[Report on the health of British troops in the Madras command]
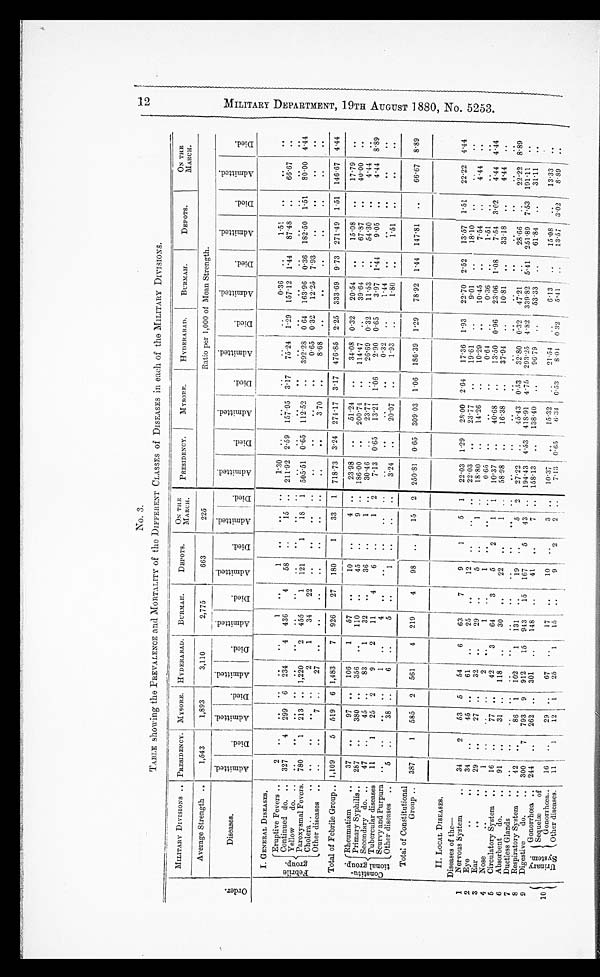
N o . 3 .
TABLE showing the PREVALENCE and MORTALITY of the DIFFERENT CLASSES Of DISEASES in each Of the MILITARY DIVISIONS.
M I L I T A R Y D E P A R T M E N T , 1 9 T H A U G U S T 1 8 8 0 , N o . . 5 2 5 3 .
O r d e r .
MILITARY DIVISIONS .. PRESIDENCY. MYSORE. HYDERABAD. BURMAH.
DEPOTS.
ON THE MARCH.
PRESIDENCY.
MYSORE.
HYDERABAD.
BURMAH.
DEPOTS.
ON THE
MARCH..
Average Strength ..
1,543
1,893
3,110
2,775
663
225
Ratio per 1,000 of Mean Strength.
Diseases.
Admitted.
D i e d . Admi D i e d .
Admi D i e d .
Admi D i e d .
Admi D i e d .
Admi D i e d .
Admi D i e d .
Admi
Died.
Admi
Died.
Admi
D i e d .
Admi
Died.
Admi
D i e d .
I. GENERAL DISEASES.
Eruptive Fevers
2
..
..
..
..
..
1 .. I
1
..
.. ..
1.30 ..
..
.. ..
..
0.36
..
1.51
..
..
..
F e b r i l e g r o u p . I Continued do.
..
.
..
327
..
4 299 6 234
4 436
4
58
..
15 .. 211.92 2.59 157.95 3.17 75.24 1.29 157.12 1.44
87.48 ..
66.67 ..
Yellow
do. ....
..
.. .. .. .. ..
..
..
..
..
..
..
..
..
.. ..
.. ..
..
.. ..
..
..
Paroxysmal Fevers. 780
1 213 .. 1,220 .. 2 455
1 121
1
18 1 505.51 0.65 112.52
..
392.28 0 64 163.96 0.36 182.50 1.51
80.00 4.44
Cholera ..
.. .. ..
..
..
2
1
34
22 ..
..
..
..
..
..
.. ..
0.65 0.32 12.25 7.93
..
..
..
..
Other diseases .. ..
..
• 7 ..
27
..
.. ..
.. ..
..
1
..
..
..
3. 70 ..
8.68
..
..
..
..
..
..
.. ..
..
Total of Febrile Group.. 1,109
5 519 6 1,483
7 926
27 180
1
33 1 718.73 3.24 274.17 3.17 476.85 2.25 333.69 9.73 271.49 1.51 146.67 4.44
C o n s t i t u t i o n a l g r o u p .
I
Rheumatism
..
37 ..
97 ..
106
1
57
..
10
..
4 ..
23.98 ..
51.24 ..
34.08 0.32 20.54 ..
15.08 ..
17.79 ..
Primary Syphilis.. 287
..
380 ..
356
..
110 ..
45
..
9 .. 186.00 ..
2003.74 ..
114.47
..
39.64 ..
67.87 ..
40.00 ..
Secondary do. ..
47
..
45 ..
83
1
32
• ..
36
..
1 ..
30.46 ..
23.77 • ..
26.69 0.32
11.53
..
54.30 ..
4-.44 ..
,
Tubercular diseases
11
1
25 2
9
2
11
4
6 ..
1 2
7.13 0.65 I 13.21 1.06
2.90 0.65
3.97 1.44
9.05 ..
4.44 8.89
Scurvy and Purpura .. ..
..
1
.. 4
..
.. ..
..
..
..
.. ..
..
0.32 ..
1.44
..
..
..
.. ..
Other diseases ..
5 ..
38 ..
6
..
5
..
1
.. .. ..
3.24
..
20.07 ..
1.93
..
-
1.80
..
1.51
..
..
..
Total of Constitutional
Group .. 387
1 585 2
I
561
4 219
4
98
..
1.5 2 250.81 0.65 309.03 1.06 180.39 1.29
78.92 1.44 147.81
..
66.67 8.89
1
II. LOCAL DISEASES.
Nervous System..
34
2
53 5 I 54
6
63
7
9
1
5 1
Diseases ofthe—
22.03 1.29
28.00 2.64
17.36 1.93
22.70 2.52
13.57 1.51 22.22 4.44
2
E y e . .
..
34 ..
45 .. 6 61
.. 25
..
12
..
.. ..
22.03 ..
23.77
..
19.61 ..
9.01
..
18.10 ..
..
..
3
E a r . .
..
29 ..
27 .. 32
.. 29
.. 5
.. 1
.. 18.80 .. 14.26 .. 10.29 ..
10.45 ..
7.54 .. 4.44 ..
4
Nose
..
..
I 1 .. .. ..
2 .. 1
..
1
..
..
..
0.65 .. ..
..
0.64 .. 0.36
.. 1.51
..
.. ..
5
Circulatory System ..
16 ..
77 ..
42
3
64
3
5
2
1
1
10.37
..
40.68 ..
13.50 0.96
23.06 1.08
7.54 3.024.44 4.44
6
Absorbent do.
..
91
..
31 .. 118 .._ 30 ..
22
..
1 ..
58.98
..
16.38
..
37.94
..
10.81
..
33.18 ..
4.44 ..
7
Ductless Glands
.. ..
..
..
..
..
.. ..
.. ..
.. ..
..
..
..
..
..
..
..
..
..
..
..
..
..
..
8
Respiratory System ..
42 ..
86 1 102 1
131
.. 19
.. 5
2 27.22 .. 45.430.5332.800.3247.21 .. 28.66 .. 22.22 8.89
9
Digestive
do.
.. 300
7 793 9 912
15 943
15 167
5
43 .. 194.43 4.53 418.91 4.75 293.25 4.82 339.82 5.41 251.89 251.89 7.53 191.11 ..
U r i n a r y S y s t e m . Gonorrhœa .. 244 ..
262 ..
301
..
148 ..
41
..
7 .. 158.13 ..
138.40
, ..
96.79
..
53.33 ..
.. 31.11 ..
Sequelæ
of
Gonorrhœa..
16
..
29 ..
67
..
17 ..
10 ..
3 .. 10.37 ..
15.32 j ..
21.54
.. . . 6.13 ..
15.08 ..
13.33
..
10
Other diseases.
11
1
12 1
25
1
15 ..
9
2
2 ..
7.1:3 0.65
6.34 0.53
8.04 0 .32 5.41 ..
13.57 3.02
8.89 ..